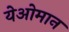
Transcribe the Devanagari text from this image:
येओमान